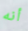
أنه